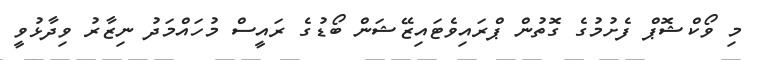
މި ވޯކްޝޮޕް ފެށުމުގެ ގޮތުން ޕްރައިވެޓައިޒޭޝަން ބޯޑުގެ ރައީސް މުހައްމަދު ނިޒާރު ވިދާޅުވީ